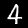
Label: 4